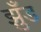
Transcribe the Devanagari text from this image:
झुँड